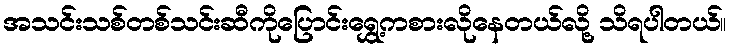
အသင်းသစ်တစ်သင်းဆီကိုပြောင်းရွှေ့ကစားလိုနေတယ်လို့ သိရပါတယ်။